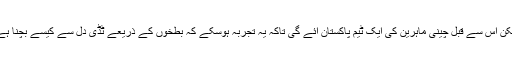
لیکن اس سے قبل چینی ماہرین کی ایک ٹیم پاکستان آئے گی تاکہ یہ تجربہ ہوسکے کہ بطخوں کے ذریعے ٹڈی دل سے کیسے بچنا ہے۔